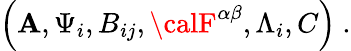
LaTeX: \left(\mathbf{A},\Psi_{i},B_{ij},{\calF}^{\alpha\beta},\Lambda_{i},C\right)\ .